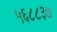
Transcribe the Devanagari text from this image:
५६८८३७